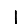
Digit: 1